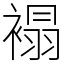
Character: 褟